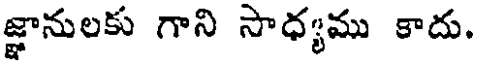
జ్ఞానులకు గాని సాధ్యము కాదు.